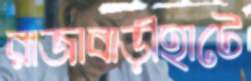
রাজাবাড়ীহাটে